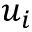
u _ { i }